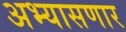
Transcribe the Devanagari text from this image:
अभ्यासणार